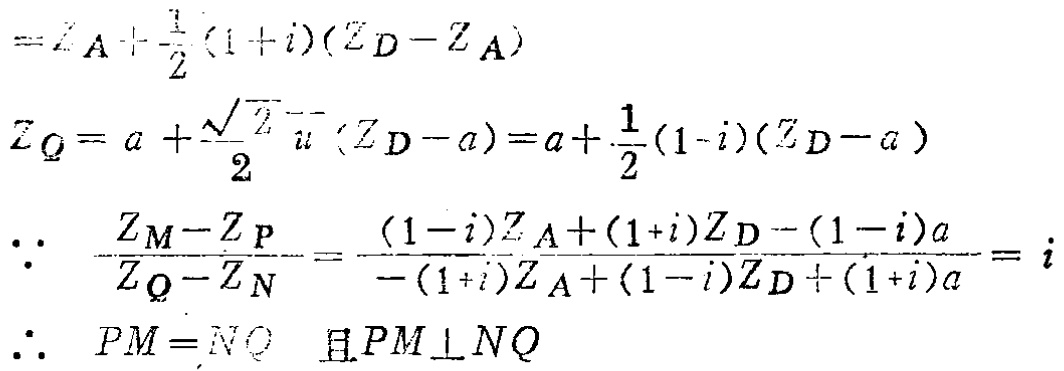
\[
\begin{align*}
&=Z_A+\frac{1}{2}(1 + i)(Z_D - Z_A)\\
Z_Q&=a+\frac{\sqrt{2}}{2}i(Z_D - a)=a+\frac{1}{2}(1 - i)(Z_D - a)\\
\because\ \frac{Z_M - Z_P}{Z_Q - Z_N}&=\frac{(1 - i)Z_A+(1 + i)Z_D-(1 - i)a}{-(1 + i)Z_A+(1 - i)Z_D+(1 + i)a}=i\\
\therefore\ PM&=NQ\ \text{且}PM\perp NQ
\end{align*}
\]